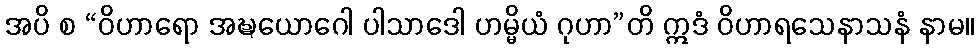
အပိ စ “ဝိဟာရော အဍ္ဎယောဂေါ ပါသာဒေါ ဟမ္မိယံ ဂုဟာ”တိ ဣဒံ ဝိဟာရသေနာသနံ နာမ။